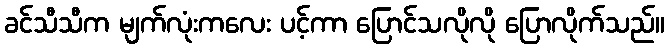
ခင်သီသီက မျက်လုံးကလေး ပင့်ကာ ပြောင်သလိုလို ပြောလိုက်သည်။